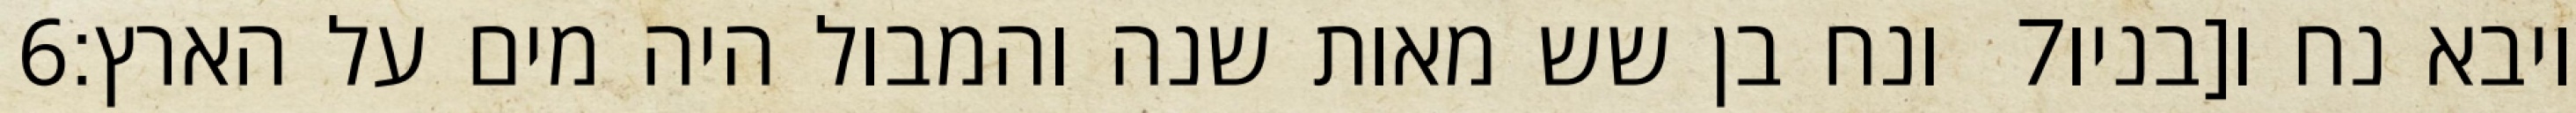
‎6‏ ונח בן שש מאות שנה והמבול היה מים על הארץ׃ ‎7‏ ויבא נח ו[בניו